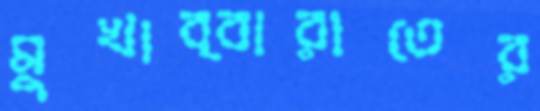
মুখাব্বারাতের